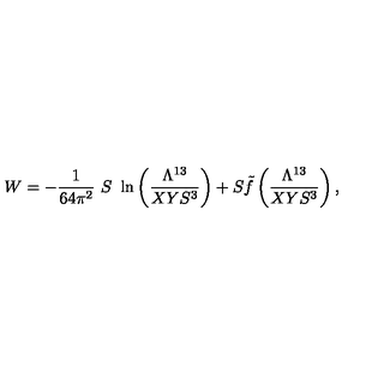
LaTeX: W = - { \frac { 1 } { 6 4 \pi ^ { 2 } } } \ S \ \ln \left( { \frac { \Lambda ^ { 1 3 } } { X Y S ^ { 3 } } } \right) + S { \tilde { f } } \left( { \frac { \Lambda ^ { 1 3 } } { X Y S ^ { 3 } } } \right) ,